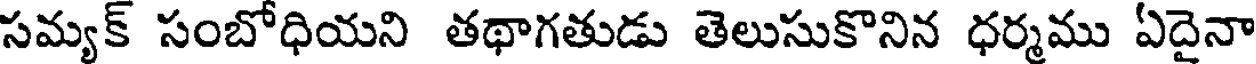
సమ్యక్ సంబోధియని తథాగతుడు తెలుసుకొనిన ధర్మము ఏదైనా